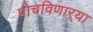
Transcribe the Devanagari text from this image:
पोचविणार्‍या